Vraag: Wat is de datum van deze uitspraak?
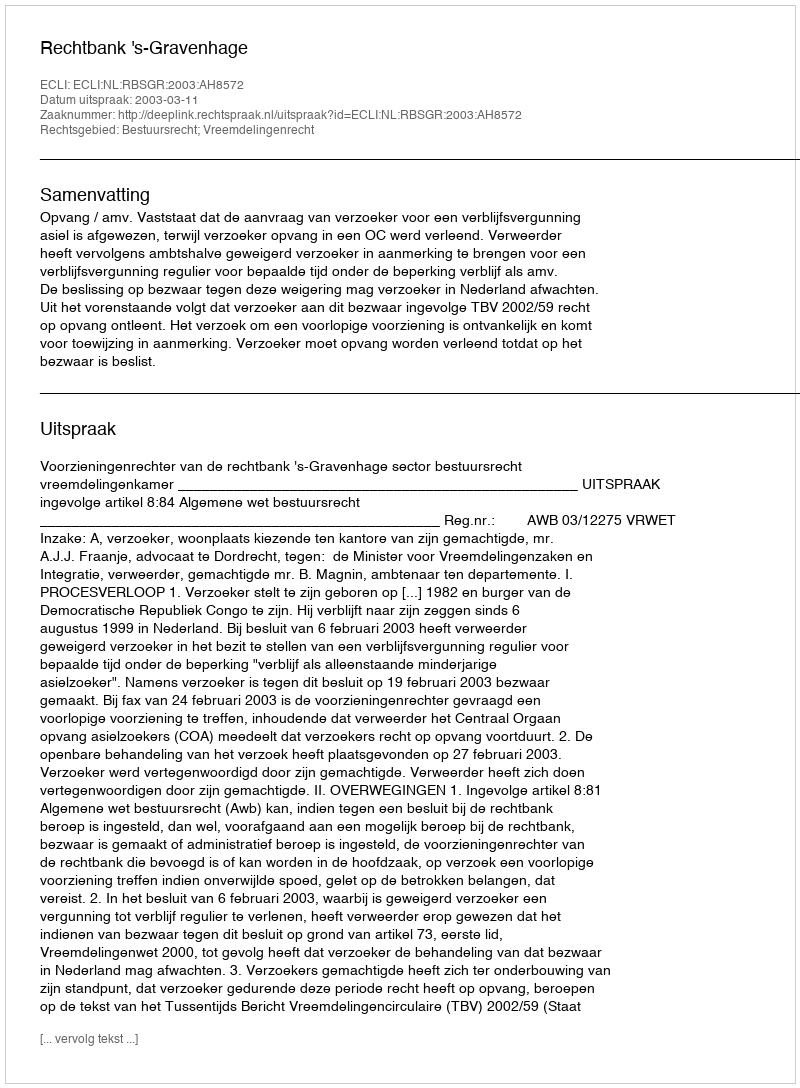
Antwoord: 2003-03-11